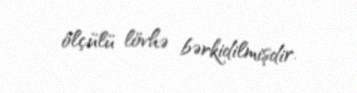
ölçülü lövhə bərkidilmişdir.